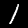
Label: 1